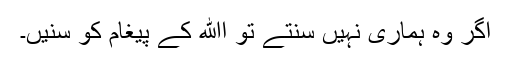
اگر وہ ہماری نہیں سنتے تو اﷲ کے پیغام کو سنیں۔